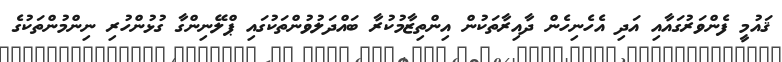
ޤައުމީ ފެންވަރުގައާއި އަދި އެހެނިހެން ދާއިރާތަކުން އިންތިޒާމުކުރާ ބައްދަލުވުންތަކުގައި ޕްލޭނިންގާ ގުޅުންހުރި ނިންމުންތަކުގެ